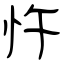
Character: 忤